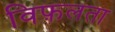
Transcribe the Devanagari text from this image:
विफ़लता